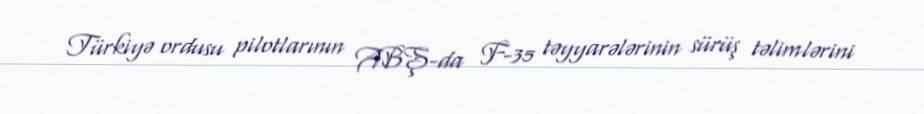
Türkiyə ordusu pilotlarının ABŞ-da F-35 təyyarələrinin sürüş təlimlərini